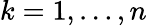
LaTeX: k=1,\dots,n